Report on vaccination in Madras 1922-1929 - 1922-1929
Year: 1922
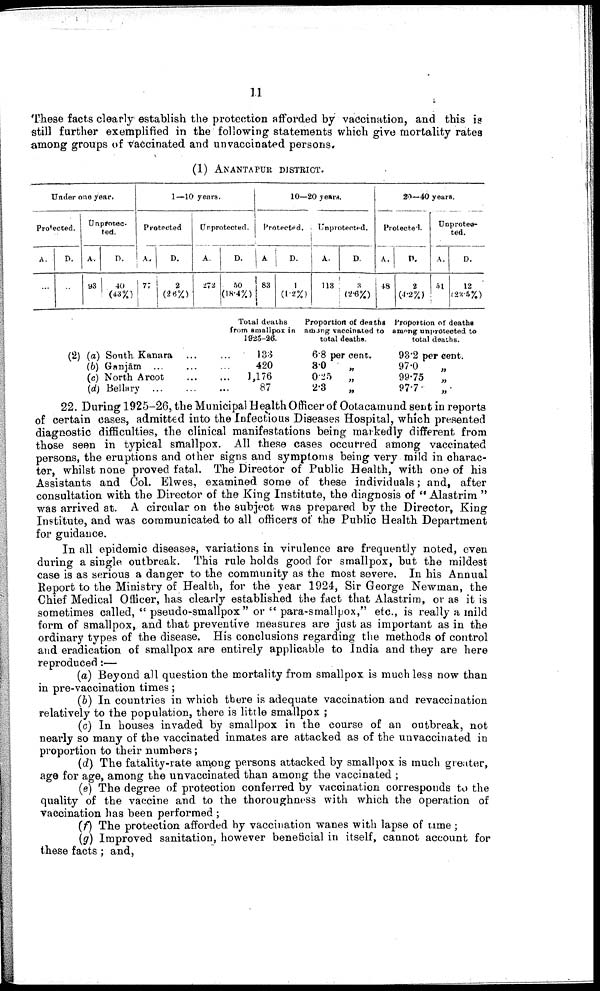
11
These facts clearly establish the protection afforded by vaccination, and this is
still further exemplified in the following statements which give mortality rates
among groups of vaccinated and unvaccinated persons.
(1) ANANTAPUR DISTRICT.
Under one year,
Protected.
A.
...
D.
...
Unprotec
ted.
A.
93
D.
40
(43%)
1—l0 years.
Protected.
A.
77
D.
2
(26%)
Unprotected.
A.
272
D.
50
(18.4%)
10—20 years.
Protected.
A
83
D.
1
(1.2%)
Unprotected.
A.
113
D.
3
(2.6%)
20—40 years.
Protected.
A.
48
P.
2
(4.2%)
Unprotec¬
ted.
A.
51
D.
12
(23·5·/.)
(2) (a) South Kanara … …
(b) Ganjām … … …
(c) North Arcot … …
(d) Bellary … … …
Total deaths
from smallpox in
1925-26.
133
420
1,176
87
Proportion of deaths
among vaccinated to
total deaths.
6.8 per cent.
3.0
„
0.25 „
2.3
„
Proportion of deaths
among unprotected to
total đeaths.
93.2 per cent.
97.0 „
99.75
„
97.7
„
22. During 1925-26, the Municipal Health Officer of Ootacamund sent in reports
of certain cases, admitted into the Infectious Diseases Hospital, which presented
diagnostic difficulties, the clinical manifestations being markedly different from
those seen in typical smallpox. All these cases occurred among vaccinated
persons, the eruptions and other signs and symptoms being very mild in charac
ter, whilst none proved fatal. The Director of Public Health, with one of his
Assistants and Col. Elwes, examined some of these individuals; and, after
consultation with the Director of the King Institute, the diagnosis of " Alastrim "
was arrived at. A circular on the subject was prepared by the Director, King
Institute, and was communicated to all officers of the Public Health Department
for guidance.
In all epidemic diseases, variations in virulence are frequently noted, even
during a single outbreak. This rule holds good for smallpox, but the mildest
case is as serious a danger to the community as the most severe. In his Annual
Report to the Ministry of Health, for the year 1924, Sir George Newman, the
Chief Medical Officer, has clearly established the fact that Alastrim, or as it is
sometimes called, " pseudo-smallpox “ or “ para-smallpox," etc., is really a mild
form of smallpox, and that preventive measures are just as important as in the
ordinary types of the disease. His conclusions regarding the methods of control
and eradication of smallpox are entirely applicable to India and they are here
reproduced :—
(a) Beyond all question the mortality from smallpox is much less now than
in pre-vaccination times ;
(b) In countries in which there is adequate vaccination and revaccination
relatively to the population, there is little smallpox ;
(c) In houses invaded by smallpox in the course of an outbreak, not
nearly so many of the vaccinated inmates are attacked as of the unvaccinated in
proportion to their numbers;
(d) The fatality-rate among persons attacked by smallpox is much greater,
age for age, among the unvaccinated than among the vaccinated ;
(e) The degree of protection conferred by vaccination corresponds to the
quality of the vaccine and to the thoroughness with which the operation of
vaccination has been performed ;
(f) The protection afforded by vaccination wanes with lapse of time ;
(g) Improved sanitation, however beneficial in itself, cannot account for
these facts ; and,